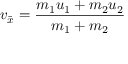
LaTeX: \ v _ { \bar { x } } = { \frac { m _ { 1 } u _ { 1 } + m _ { 2 } u _ { 2 } } { m _ { 1 } + m _ { 2 } } }